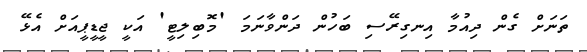
ތަނަށް ގެން ދިއުމާ އިނގިރޭސި ބަހުން ދަންވާނަމަ 'މޮބިލިޓީ' އަކީ ޖީޑީޕީއަށް އެޅޭ